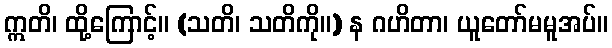
ဣတိ၊ ထို့ကြောင့်။ (သတိ၊ သတိကို။) န ဂဟိတာ၊ ယူတော်မမူအပ်။